Medical and sanitary report of the native army of Bengal for the year
Year: 1874
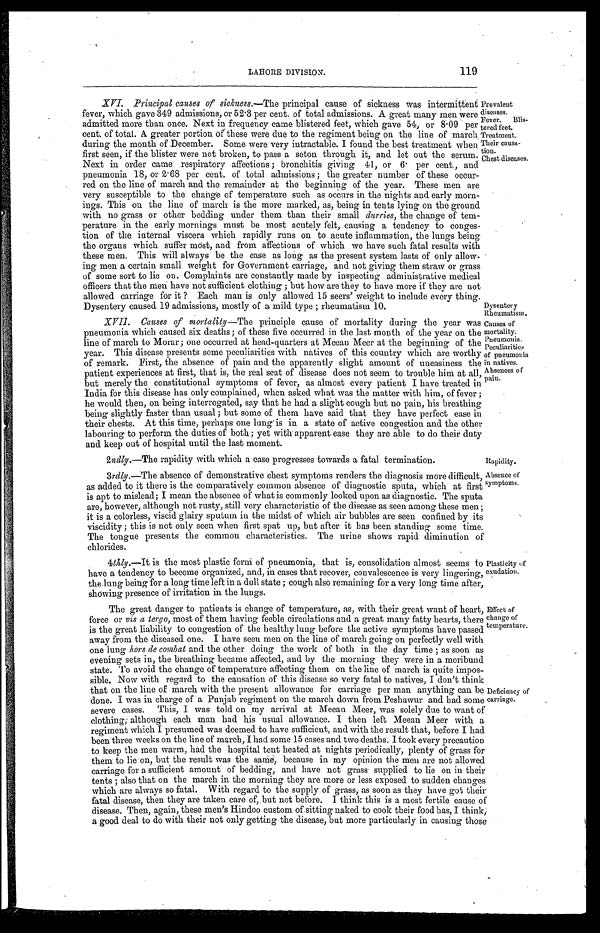
LAHORE DIVISION.
119
XVI. Principal causes of sickness.— The principal cause of sickness was intermittent
fever, which gave 349 admissions, or 52 . 3 per cent. of total admissions. A great many men were
admitted more than once. Next in frequency came blistered feet, which gave 54, or 8 . 09 per
cent. of total. A greater portion of these were due to the regiment being on the line of march
during the month of December. Some were very intractable. I found the best treatment when
first seen, if the blister were not broken, to pass a seton through it, and let out the serum.
Next in order came respiratory affections ; bronchitis giving 41, or 6. per cent., and
pneumonia 18, or 2.68 per cent. of total admissions ; the greater number of these occur-
red on the line of march and the remainder at the beginning of the year. These men are
very susceptible to the change of temperature such as occurs in the nights and early morn-
ings. This on the line of march is the more marked, as, being in tents lying on the ground
with no grass or other bedding under them than their small durries, the change of tem-
perature in the early mornings must be most acutely felt, causing a tendency to conges-
tion of the internal viscera which rapidly runs on to acute inflammation, the lungs being
the organs which suffer most, and from affections of which we have such fatal results with
these men. This will always be the case as long as the present system lasts of only allow-
ing men a certain small weight for Government carriage, and not giving them straw or grass
of some sort to lie on. Complaints are constantly made by inspecting administrative medical
officers that the men have not sufficient clothing ; but how are they to have more if they are not
allowed carriage for it ? Each man is only allowed 15 seers' weight to include every thing.
Dysentery caused 19 admissions, mostly of a mild type ; rheumatism 10.
XVII. Causes of mortality— The principle cause of mortality during the year was
pneumonia which caused six deaths ; of these five occurred in the last month of the year on the
line of march to Morar ; one occurred at head-quarters at Meean Meer at the beginning of the
year. This disease presents some peculiarities with natives of this country which are worthy
of remark. First, the absence of pain and the apparently slight amount of uneasiness the
patient experiences at first, that is, the real seat of disease does not seem to trouble him at all,
but merely the constitutional symptoms of fever, as almost every patient I have treated in
India for this disease has only complained, when asked what was the matter with him, of fever ;
he would then, on being interrogated, say that he had a slight cough but no pain, his breathing
being slightly faster than usual ; but some of them have said that they have perfect ease in
their chests. At this time, perhaps one lung is in a state of active congestion and the other
labouring to perform the duties of both ; yet with apparent ease they are able to do their duty
and keep out of hospital until the last moment.
Dysentery
Rheumatism.
Causes of
mortality.
Pneumonia.
Peculiarities
of pneumonia
in natives.
Absences of
pain.
Prevalent
diseases.
Fever.
Blis-
tered feet.
Treatment.
Their causa-
tion.
Chest diseases.
2ndly.—The rapidity with which a case progresses towards a fatal termination.
Rapidity.
3rdly. —The absence of demonstrative chest symptoms renders the diagnosis more difficult,
as added to it there is the comparatively common absence of diagnostic sputa, which at first
is apt to mislead ; I mean the absence of what is commonly looked upon as diagnostic. The sputa
are, however, although not rusty, still very characteristic of the disease as seen among these men ;
it is a colorless, viscid glairy sputum in the midst of which air bubbles are seen confined by its
viscidity ; this is not only seen when first spat up, but after it has been standing some time.
The tongue presents the common characteristics. The urine shows rapid diminution of
chlorides.
Absence of
symptoms.
4thly.—It is the most plastic form of pneumonia, that is, consolidation almost seems to
have a tendency to become organized, and, in cases that recover, convalescence is very lingering,
the lung being for a long time left in a dull state ; cough also remaining for a very long time after,
showing presence of irritation in the lungs.
Plasticity of
exudation.
The great danger to patients is change of temperature, as, with their great want of heart,
force or vis a tergo, most of them having feeble circulations and a great many fatty hearts, there
is the great liability to congestion of the healthy lung before the active symptoms have passed
away from the diseased one. I have seen men on the line of march going on perfectly well with
one lung hors de combat and the other doing the work of both in the day time ; as soon as
evening sets in, the breathing became affected, and by the morning they were in a moribund
state. To avoid the change of temperature affecting them on the line of march is quite impos-
sible. Now with regard to the causation of this disease so very fatal to natives, I don't think
that on the line of march with the present allowance for carriage per man anything can be
done. I was in charge of a Punjab regiment on the march down from Peshawar and bad some
severe cases. This, I was told on my arrival at Meean Meer, was solely due to want of
clothing; although each man had his usual allowance. I then left Meean Meer with a
regiment which I presumed was deemed to have sufficient, and with the result that, before I had
been three weeks on the line of march, I had some 15 cases and two deaths. I took every precaution
to keep the men warm, had the hospital tent heated at nights periodically, plenty of grass for
them to lie on, but the result was the same, because in my opinion the men are not allowed
carriage for a sufficient amount of bedding, and have not grass supplied to lie on in their
tents ; also that on the march in the morning they are more or less exposed to sudden changes
which are always so fatal. With regard to the supply of grass, as soon as they have got their
fatal disease, then they are taken care of, but not before. I think this is a most fertile cause of
disease. Then, again, these men's Hindoo custom of sitting naked to cook their food has, I think,
a good deal to do with their not only getting the disease, but more particularly in causing those
Effect of
change of
temperature.
Deficiency of
carriage.